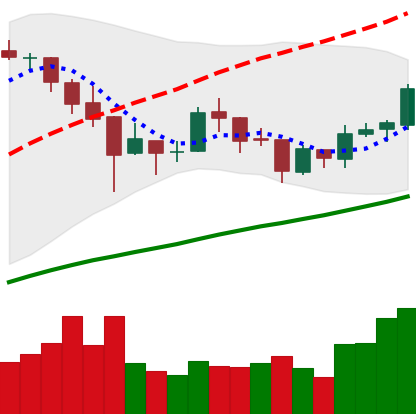
Ticker: BTC-USD
Chart end date: 2018-01-05
Forward return: -14.092%
Label: down_7plus